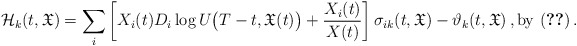
\begin{align*}\mathcal{H}_k(t,\mathfrak{X})=\sum_{i} \left[X_i(t)D_i \log U\big(T-t,\mathfrak{X}(t)\big)+\frac{X_i(t)}{X(t)}\right]\sigma_{ik}(t,\mathfrak{X}) -\vartheta_k(t,\mathfrak{X})\,, {\mathrm{by}}\ \eqref{eq:pi^U}\,.\end{align*}